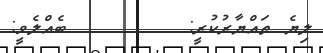
ލިޔެ ތައްޔާރުކުރީ:        ބެއްލެވީ: